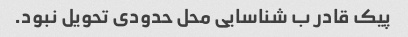
پیک قادر ب شناسایی محل حدودی تحویل نبود.